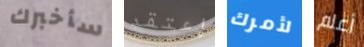
سأخبرك إعتقد لأمرك أعلم